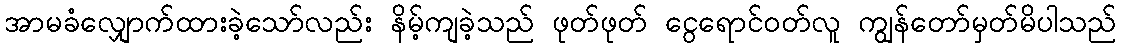
အာမခံလျှောက်ထားခဲ့သော်လည်း နိမ့်ကျခဲ့သည် ဖုတ်ဖုတ် ငွေရောင်ဝတ်လူ ကျွန်တော်မှတ်မိပါသည်